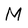
Character: M